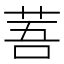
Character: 䓊